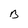
Character: B